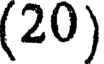
(20)